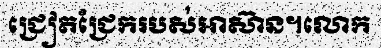
ជ្រៀតជ្រែករបស់អាស៊ាន។លោក